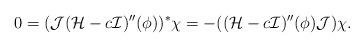
LaTeX: \begin{align*}0= (\mathcal{J}(\mathcal{H}-c\mathcal{I})''(\phi))^*\chi=-((\mathcal{H}-c\mathcal{I})''(\phi)\mathcal{J})\chi.\end{align*}